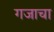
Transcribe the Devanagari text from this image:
गजाचा